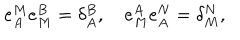
e _ { A } ^ { M } e _ { M } ^ { B } = \delta _ { A } ^ { B } , \quad e _ { M } ^ { A } e _ { A } ^ { N } = \delta _ { M } ^ { N } ,